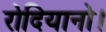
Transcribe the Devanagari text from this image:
रोदियानो।